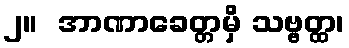
၂။  အာဏာခေတ္တမှိ သဗ္ဗတ္ထ၊